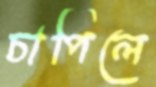
চাপিলে